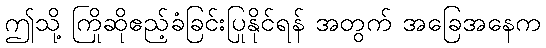
ဤသို့ ကြိုဆိုဧည့်ခံခြင်းပြုနိုင်ရန် အတွက် အခြေအနေက